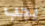
يجب